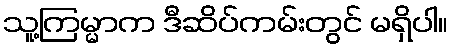
သူ့ကြမ္မာက ဒီဆိပ်ကမ်းတွင် မရှိပါ။